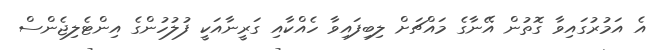
އެ އަމުރުގައިވާ ގޮތުން އޭނާގެ މައްޗަށް ލިބިފައިވާ ހެއްކާއި ގަރީނާއަކީ ފުލުހުންގެ އިންޓެލިޖެންސް